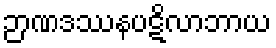
ဉာဏဒဿနပဋိလာဘာယ